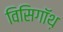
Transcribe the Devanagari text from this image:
विसिगॉथ़